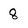
Character: 8